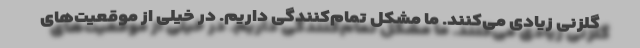
گلزنی زیادی می‌کنند. ما مشکل تمام‌کنندگی داریم. در خیلی از موقعیت‌های